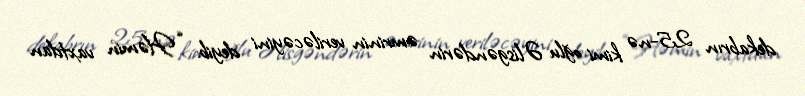
dekabrın 25-nə kimi oğlu Əlisgəndərin əmrinin veriləcəyini deyib: “Həmin vaxtdan